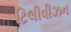
ટિલીવીઝન